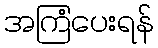
အကြံပေးရန်